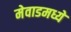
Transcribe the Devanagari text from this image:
मेवाडमध्ये